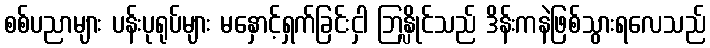
စစ်ပညာများ ပန်းပုရုပ်များ မနှောင့်ရှက်ခြင်းငှါ ဘြန္လိုင်သည် ဒိန်းကနဲဖြစ်သွားရလေသည်